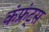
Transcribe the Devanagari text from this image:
कंफ्रंट्स